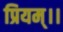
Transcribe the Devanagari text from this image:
प्रियम्।।